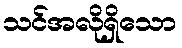
သင်အလိုရှိသော